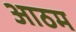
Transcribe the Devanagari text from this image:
आठम